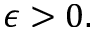
\epsilon > 0 .